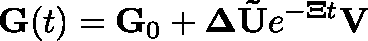
\mathbf { G } ( t ) = \mathbf { G } _ { 0 } + \mathbf { \Delta } \mathbf { \tilde { U } } e ^ { - \mathbf { \Xi } t } \mathbf { V }